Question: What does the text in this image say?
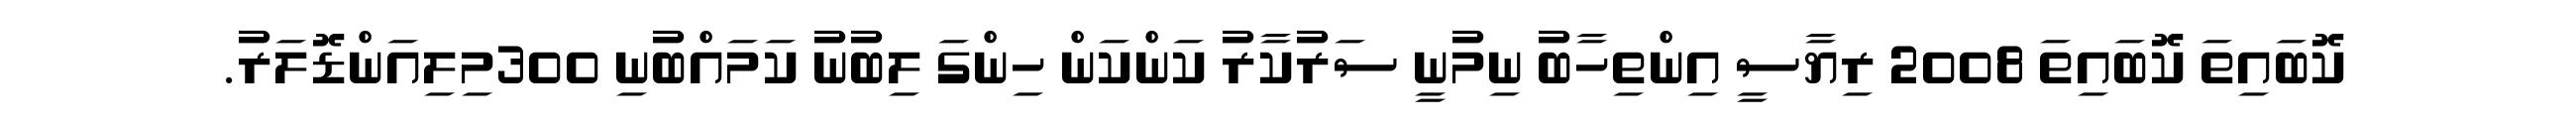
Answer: ކޮބައިތަ ކޮބައިތަ 2008 ރިޔާސީ އިންތިހާބު ނިމުނީ ސަރުކާރު ކަންކަން ހިންގަ ލިބުނު ކަމައްބުނި 300މިލިއަންޑޮލަރު.